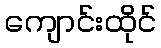
ကျောင်းထိုင်